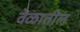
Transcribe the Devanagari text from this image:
वेळातील